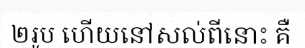
២រូប ហើយនៅសល់ពីនោះ គឺ